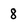
Character: 8